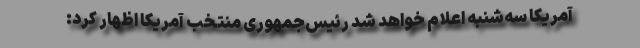
آمریکا سه‌شنبه اعلام خواهد شد رئیس‌جمهوری منتخب آمریکا اظهار کرد: